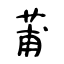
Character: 莆